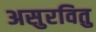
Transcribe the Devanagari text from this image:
असुरवितु